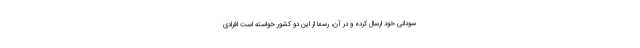
سودانی خود ارسال کرده و در آن، رسما از این دو کشور خواسته است افرادی